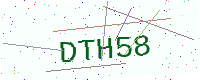
Text: DTH58